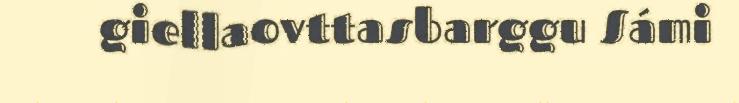
giellaovttasbarggu Sámi